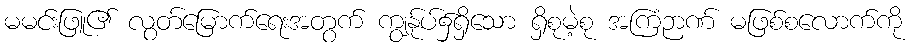
မမင်းဖြူ၏ လွတ်မြောက်ရေးအတွက် ကျွန်ုပ်၌ရှိသော ရှိစုမဲ့စု အကြံဉာဏ် မဖြစ်စလောက်ကို